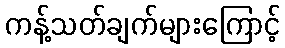
ကန့်သတ်ချက်များကြောင့်